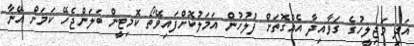
އަދި މަޖިލީހުގެ ގަވާއިދާ އެއްގޮތަށް ފުލުހުން އަމަލުކޮށްފައިވޭތޯ ކޮމިޓީން ބަލަންޖެހޭ ކަމަށް އޭނާ